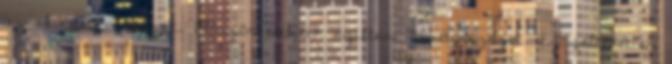
az al-Kaida támogat. Először említik nyíltan Németországot. Ez feltehetően